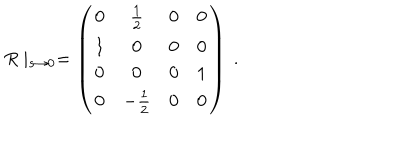
LaTeX: R \mid _ { s \rightarrow 0 } \mathrm { } = \left( \begin{matrix} { { 0 } } & { { \frac { 1 } { 2 } } } & { { 0 } } & { { 0 } } \\ { { 1 } } & { { 0 } } & { { 0 } } & { { 0 } } \\ { { 0 } } & { { 0 } } & { { 0 } } & { { 1 } } \\ { { 0 } } & { { - \frac { 1 } { 2 } } } & { { 0 } } & { { 0 } } \\ \end{matrix} \right) \ .